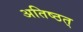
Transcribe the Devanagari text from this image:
अतिष्ठत्